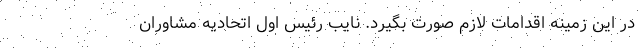
در این زمینه اقدامات لازم صورت بگیرد. نایب رئیس اول اتحادیه مشاوران